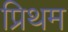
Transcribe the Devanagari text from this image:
प्रिथम